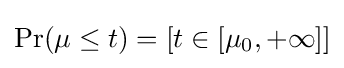
\Pr(\mu \leq t)=[t\in [\mu _{0},+\infty ]]